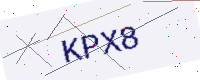
Text: KPX8